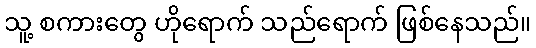
သူ့ စကားတွေ ဟိုရောက် သည်ရောက် ဖြစ်နေသည်။